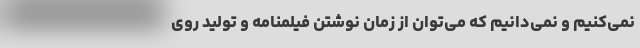
نمی‌کنیم و نمی‌دانیم که می‌توان از زمان نوشتن فیلمنامه و تولید روی